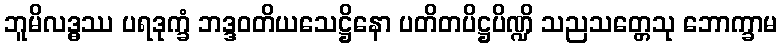
ဘူမိလဒ္ဓဿ ပရဒုက္ခံ ဘဒ္ဒဝတိယသေဋ္ဌိနော ပတိတပိဋ္ဌပိဏ္ဍိ သညသတ္တေသု ဘောက္ခာမ